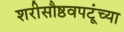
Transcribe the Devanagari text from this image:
शरीसौष्ठवपटूंच्या